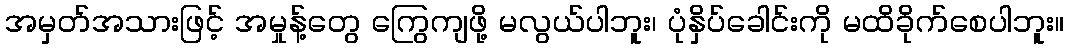
အမှတ်အသားဖြင့် အမှုန့်တွေ ကြွေကျဖို့ မလွယ်ပါဘူး၊ ပုံနှိပ်ခေါင်းကို မထိခိုက်စေပါဘူး။